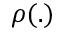
\rho ( . )